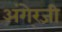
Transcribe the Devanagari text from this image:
अंगे्रजी